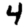
Digit: 4